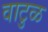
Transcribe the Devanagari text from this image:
वाटुळ